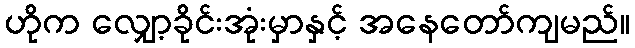
ဟိုက လျှော့ခိုင်းအုံးမှာနှင့် အနေတော်ကျမည်။